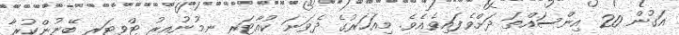
އަގުން 20 އިންސައްތަ ދަށްވެފައިވެއެވެ. މިއަހަރުގެ ދެވަނަ ކުއާޓަރ ނިމުނުއިރު ޓްވިޓަރ ބޭނުންކުރާ